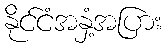
နိုင်ငံအနှံ့အပြား